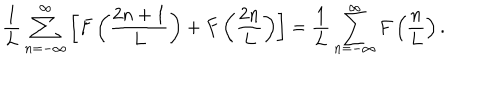
LaTeX: \frac { 1 } { L } \sum _ { n = - \infty } ^ { \infty } \left[ F \left( \frac { 2 n + 1 } { L } \right) + F \left( \frac { 2 n } { L } \right) \right] = \frac { 1 } { L } \sum _ { n = - \infty } ^ { \infty } F \left( \frac { n } { L } \right) .